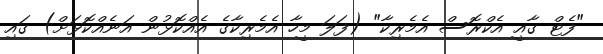
"ފެޓް ގާއީ އެކްރޮސް އެމެރިކާ" (ފަލަ މީހާ އެމެރިކާގެ އެއްކޮޅުން އަނެއްކޮޅަށް) ގައި